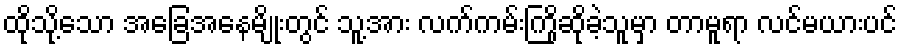
ထိုသို့သော အခြေအနေမျိုးတွင် သူ့အား လက်ကမ်းကြိုဆိုခဲ့သူမှာ တာမူရာ လင်မယားပင်